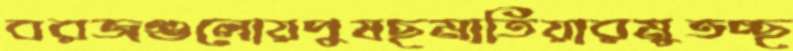
বরজগুলোয়পুষছমাতিয়ারমুতচ্ছ